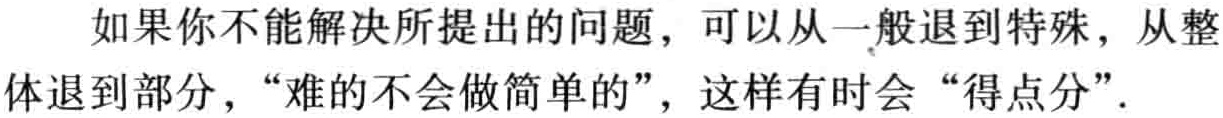
如果你不能解决所提出的问题，可以从一般退到特殊，从整体退到部分，“难的不会做简单的”，这样有时会“得点分”.